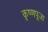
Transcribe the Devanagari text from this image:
कृष्‍णपूजा